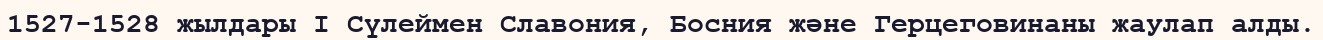
1527-1528 жылдары I Сүлеймен Славония, Босния және Герцеговинаны жаулап алды.